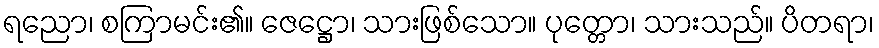
ရညော၊ စကြာမင်း၏။ ဇေဋ္ဌော၊ သားဖြစ်သော။ ပုတ္တော၊ သားသည်။ ပိတရာ၊